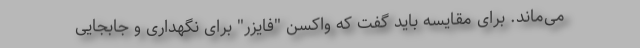
می‌ماند. برای مقایسه باید گفت که واکسن "فایزر" برای نگهداری و جابجایی